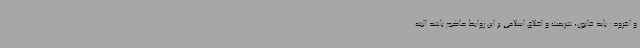
و افزود: باید قانون، شریعت و اخلاق اسلامی بر این روابط حاکم باشد البته